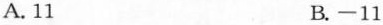
A. 11 B. -11